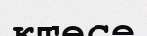
ктесе